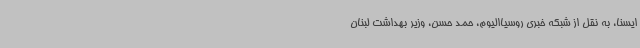
ایسنا، به نقل از شبکه خبری روسیاالیوم، حمد حسن، وزیر بهداشت لبنان